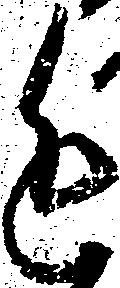
進